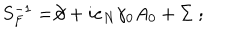
S _ { F } ^ { - 1 } = \not \! \partial + i e _ { N } \gamma _ { 0 } A _ { 0 } + \Sigma \; ;